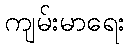
ကျမ်းမာရေး